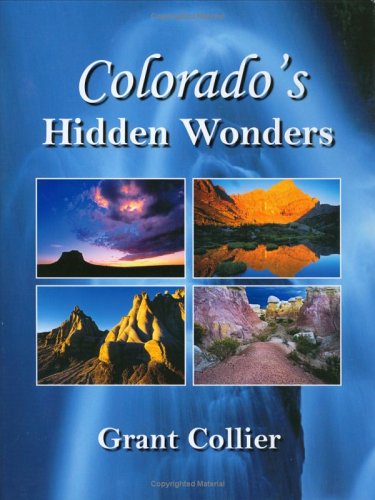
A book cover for Colorado's Hidden Wonders; Grant Collier; Travel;